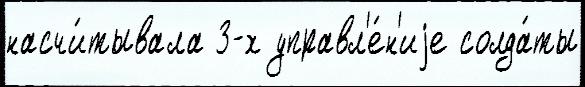
насчи́тывала 3-х управл'е́н'иjе солда́ты